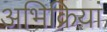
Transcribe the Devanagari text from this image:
अभिक्रियां